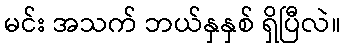
မင်း အသက် ဘယ်နှနှစ် ရှိပြီလဲ။